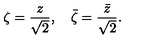
\zeta = { \frac { z } { \sqrt { 2 } } } , \quad { \bar { \zeta } } = { \frac { \bar { z } } { \sqrt { 2 } } } .